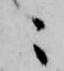
ニ